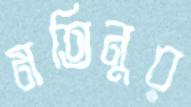
মতিনুর